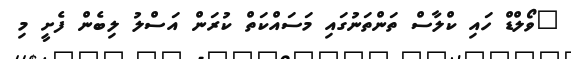
"ވޯލްޑް ހައި ކްލާސް ތަންތަނުގައި މަސައްކަތް ކުރަން އަސްލު ލިބެން ފެށީ މި